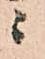
ニ